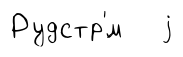
Рудстр'́м j